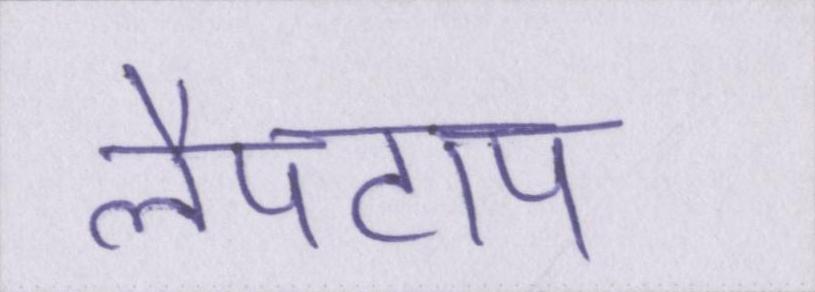
लैपटाप